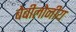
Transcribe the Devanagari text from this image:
बेबीलोनीय